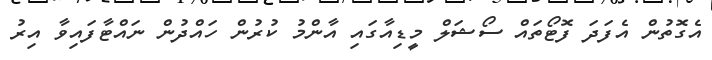
އެގޮތުން އެފަދަ ފޮޓޯތައް ސޯޝަލް މީޑިއާގައި އާންމު ކުރުން ހައްދުން ނައްޓާފައިވާ އިރު